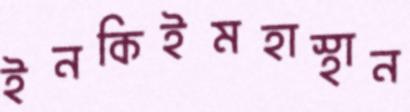
ইনকিইমহাস্থান